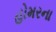
હોમરના